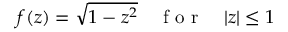
f ( z ) = \sqrt { 1 - z ^ { 2 } } \quad \mathrm { ~ f ~ o ~ r ~ } \quad | z | \leq 1